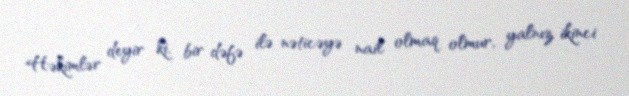
Həkimlər deyir ki, bir dəfə ilə nəticəyə nail olmaq olmur, yalnız ikinci